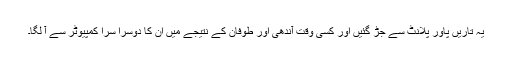
یہ تاریں پاور پلانٹ سے جڑ گئیں اور کسی وقت آندھی اور طوفان کے نتیجے میں ان کا دوسرا سرا کمپیوٹر سے آ لگا۔